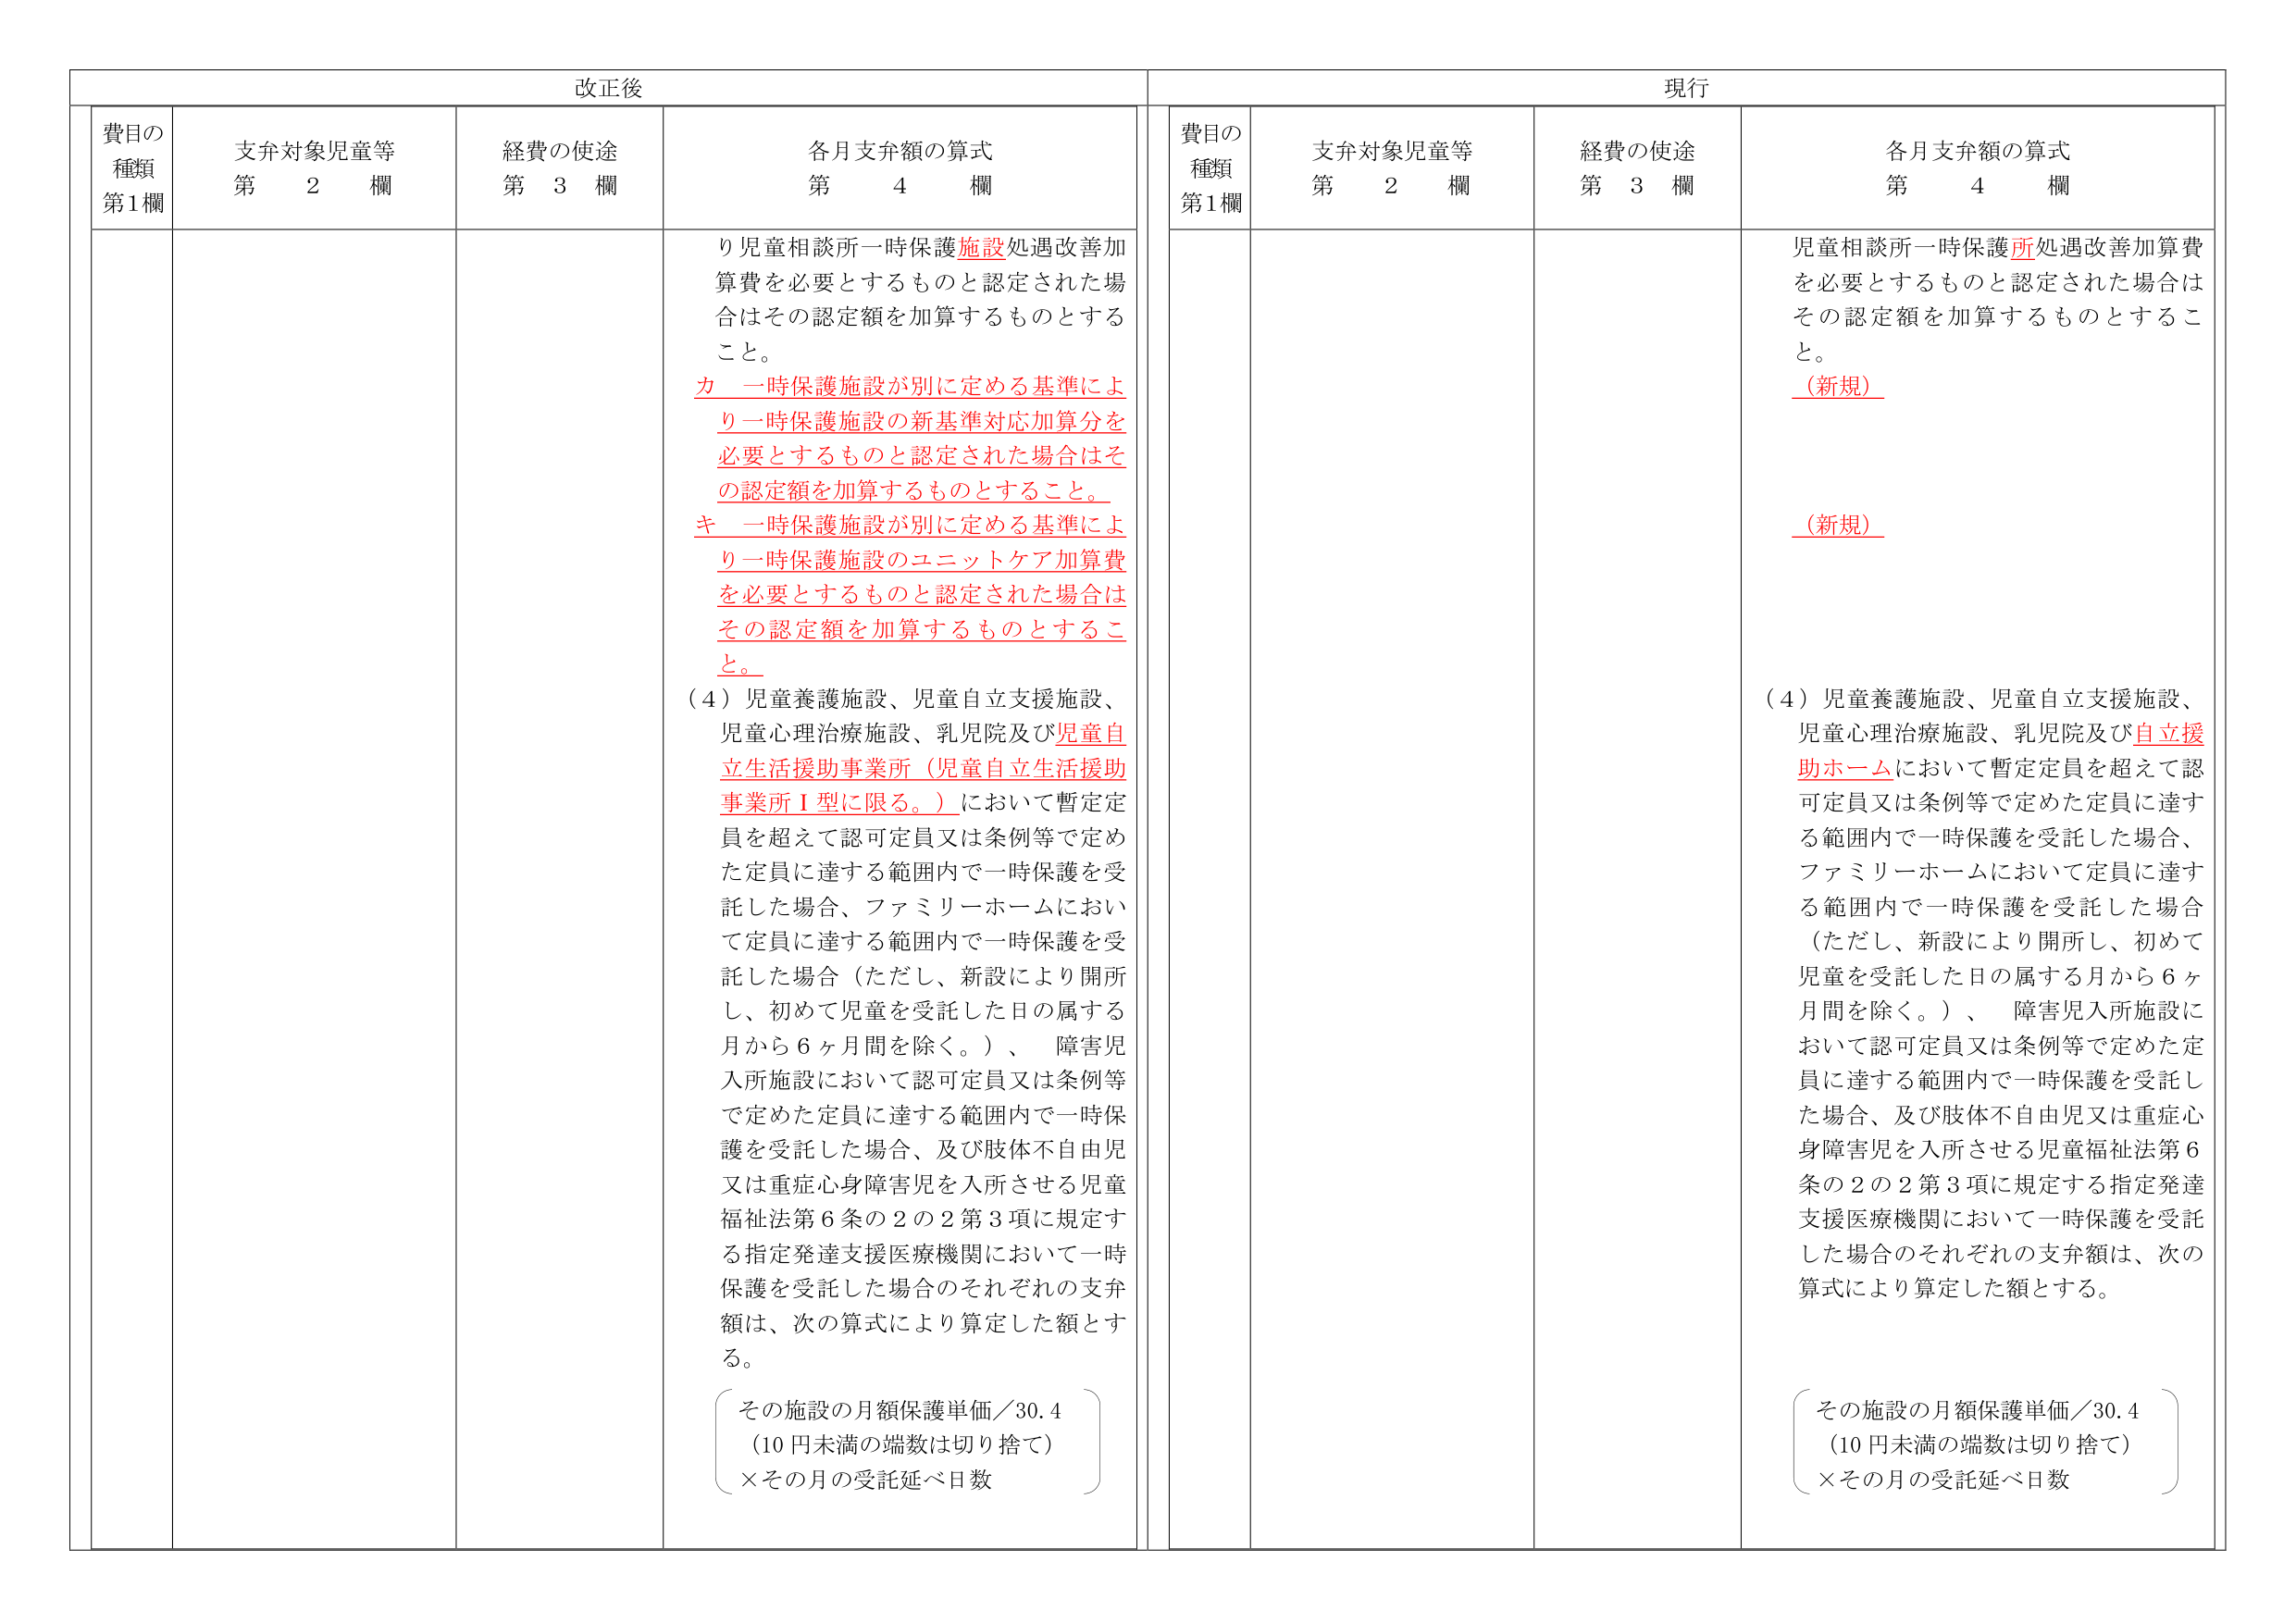
改正後

費目の
種類
第1欄

支弁対象児童等
第　2　欄

経費の使途
第　3　欄

各月支弁額の算式
第　4　欄

り児童相談所一時保護施設処遇改善加算費を必要とするものと認定された場合はその認定額を加算するものとする
こと。
カ　一時保護施設が別に定める基準により一時保護施設の新基準対応加算分を必要とするものと認定された場合はその認定額を加算するものとすること。
キ　一時保護施設が別に定める基準により一時保護施設のユニットケア加算費を必要とするものと認定された場合はその認定額を加算するものとすること。
（4）児童養護施設、児童自立支援施設、児童心理治療施設、乳児院及び児童自立生活援助事業所（児童自立生活援助事業所Ⅰ型に限る。）において暫定定員を超えて認可定員又は条例等で定めた定員に達する範囲内で一時保護を受託した場合、ファミリーホームにおいて定員に達する範囲内で一時保護を受託した場合（ただし、新設により開所し、初めて児童を受託した日の属する月から6ヶ月間を除く。）、障害児入所施設において認可定員又は条例等で定めた定員に達する範囲内で一時保護を受託した場合、及び肢体不自由児又は重症心身障害児を入所させる児童福祉法第6条の2の2第3項に規定する指定発達支援医療機関において一時保護を受託した場合のそれぞれの支弁額は、次の算式により算定した額とする。
　　その施設の月額保護単価／30.4
　　（10円未満の端数は切り捨て）
　　×その月の受託延べ日数

現行

費目の
種類
第1欄

支弁対象児童等
第　2　欄

経費の使途
第　3　欄

各月支弁額の算式
第　4　欄

児童相談所一時保護所処遇改善加算費を必要とするものと認定された場合はその認定額を加算するものとする
こと。
（新規）
（新規）
（4）児童養護施設、児童自立支援施設、児童心理治療施設、乳児院及び自立援助ホームにおいて暫定定員を超えて認可定員又は条例等で定めた定員に達する範囲内で一時保護を受託した場合、ファミリーホームにおいて定員に達する範囲内で一時保護を受託した場合（ただし、新設により開所し、初めて児童を受託した日の属する月から6ヶ月間を除く。）、障害児入所施設において認可定員又は条例等で定めた定員に達する範囲内で一時保護を受託した場合、及び肢体不自由児又は重症心身障害児を入所させる児童福祉法第6条の2の2第3項に規定する指定発達支援医療機関において一時保護を受託した場合のそれぞれの支弁額は、次の算式により算定した額とする。
　　その施設の月額保護単価／30.4
　　（10円未満の端数は切り捨て）
　　×その月の受託延べ日数